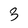
Character: 3